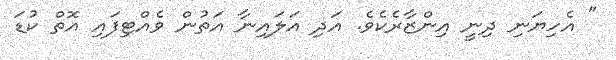
" އެހިޔަނި ދިނީ އިންޒާރެކެވެ. އަދި އަލައިނާ އަތުން ވެއްޓިފައި އޮތް ކުޑަ